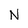
Character: N